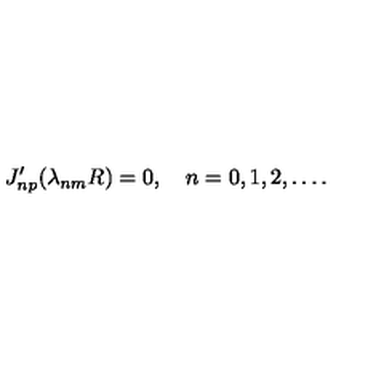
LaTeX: J _ { n p } ^ { \prime } ( \lambda _ { n m } R ) = 0 , \quad n = 0 , 1 , 2 , \ldots { . }